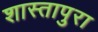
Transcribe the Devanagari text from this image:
शास्तापुरा